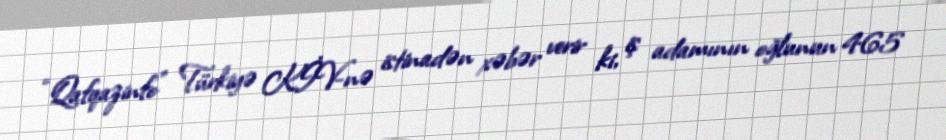
“Qafqazinfo” Türkiyə KİV-nə istinadən xəbər verir ki, iş adamının oğlunun 465